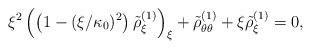
LaTeX: \begin{align*}{\xi^2}\left(\left({1-({\xi}/{\kappa_0})^2}\right){\tilde{\rho}_{\xi}^{(1)}}\right)_{\xi}+{\tilde{\rho}_{\theta\theta}^{(1)}}+{\xi}{\tilde{\rho}_{\xi}^{(1)}}=0,\end{align*}